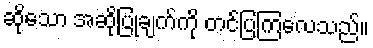
ဆိုသော အဆိုပြုချက်ကို တင်ပြကြလေသည်။